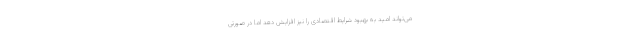
می‌تواند امید به بهبود شرایط اقتصادی را نیز افزایش دهد اما در صورتی